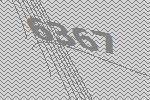
6367